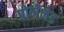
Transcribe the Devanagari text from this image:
प्रोमेनेड